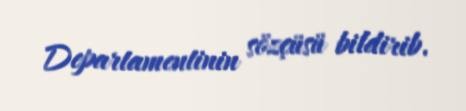
Departamentinin sözçüsü bildirib.